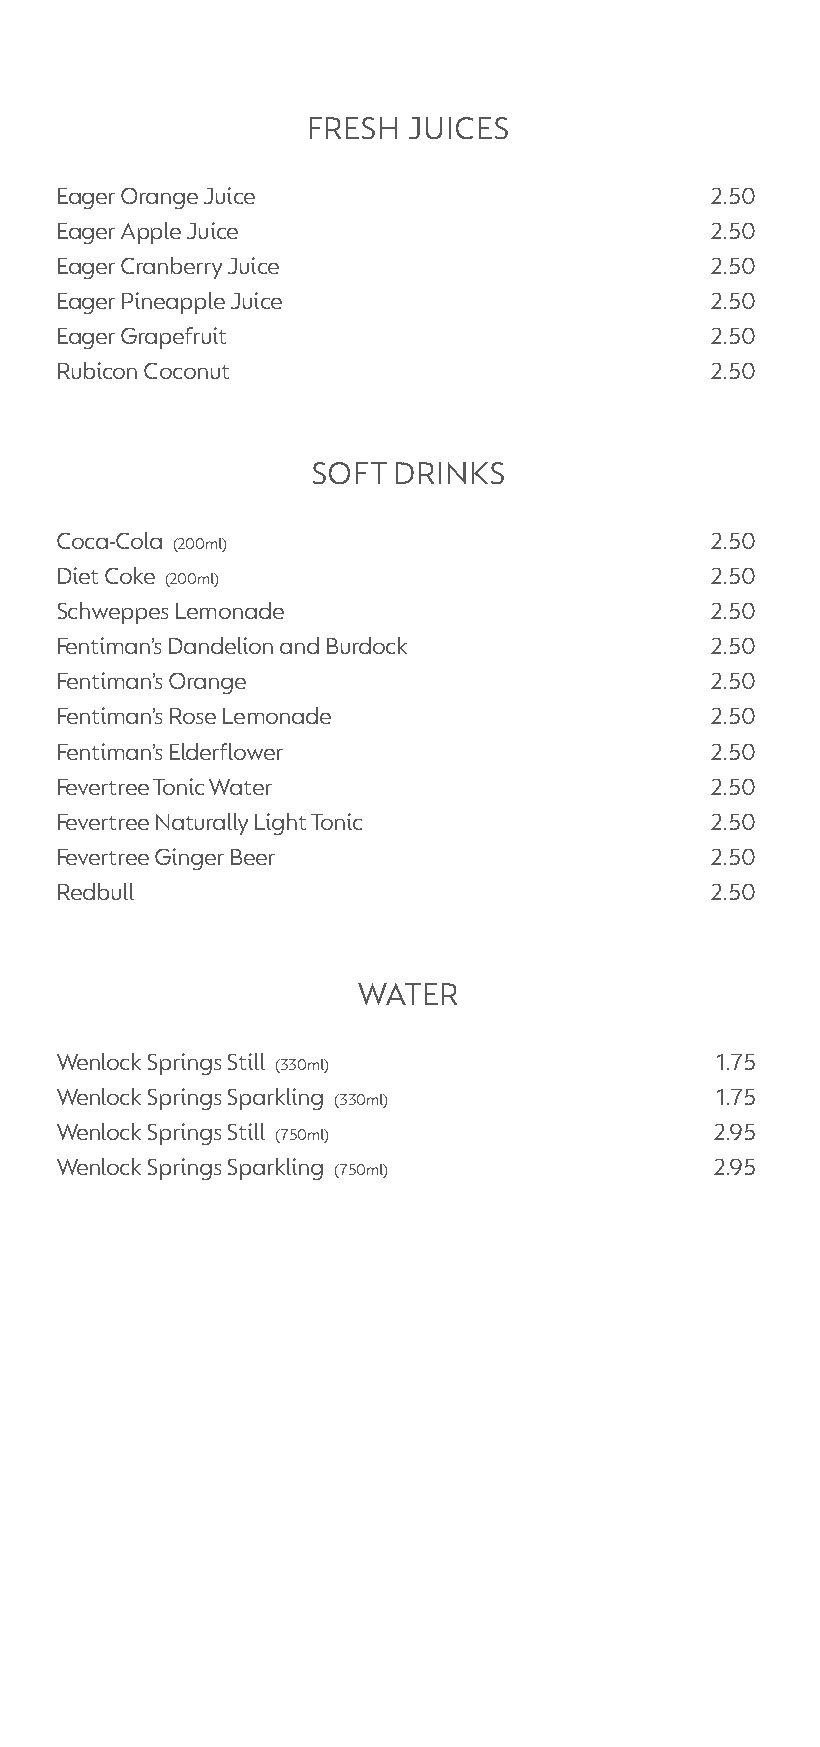
FreSH  JUiCeS
 eager orange Juice                         2.50
 eager apple Juice                          2.50
 eager Cranberry Juice                      2.50
 eager pineapple Juice                      2.50
 eager grapefruit                           2.50
 rubicon Coconut                            2.50
 SoFT DrinkS
 Coca-Cola                                  2.50
 (200ml)
 Diet Coke                                  2.50
 (200ml)
 Schweppes Lemonade                         2.50
 Fentiman’s Dandelion and Burdock           2.50
 Fentiman’s orange                          2.50
 Fentiman’s rose Lemonade                   2.50
 Fentiman’s elderflower                     2.50
 Fevertree Tonic Water                      2.50
 Fevertree naturally Light Tonic            2.50
 Fevertree ginger Beer                      2.50
 redbull                                    2.50
 WaTer
 Wenlock Springs Still                       1.75
 (330ml)
 Wenlock Springs Sparkling                   1.75
 (330ml)
 Wenlock Springs Still                      2.95
 (750ml)
 Wenlock Springs Sparkling                  2.95
 (750ml)
 Crypt Wine Booket_140x297.indd 12             05/09/2018 20:00